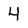
Character: 4